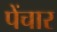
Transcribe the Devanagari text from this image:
पेंचार